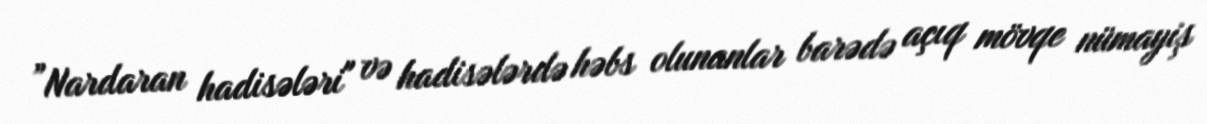
”Nardaran hadisələri" və hadisələrdə həbs olunanlar barədə açıq mövqe nümayiş